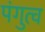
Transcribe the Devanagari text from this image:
पंगुत्व